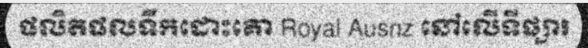
ផលិតផលទឹកដោះគោ Royal Ausnz នៅលើទីផ្សារ